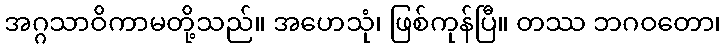
အဂ္ဂသာဝိကာမတို့သည်။ အဟေသုံ၊ ဖြစ်ကုန်ပြီ။ တဿ ဘဂဝတော၊